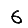
Digit: 6